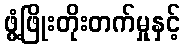
ဖွံ့ဖြိုးတိုးတက်မှုနှင့်